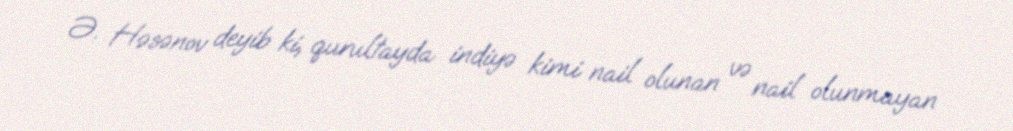
Ə. Həsənov deyib ki, qurultayda indiyə kimi nail olunan və nail olunmayan